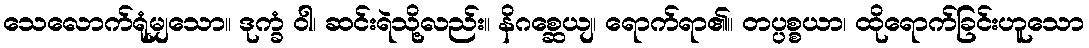
သေလောက်ရုံမျှသော။ ဒုက္ခံ ဝါ၊ ဆင်းရဲသို့လည်း။ နိဂစ္ဆေယျ၊ ရောက်ရာ၏။ တပ္ပစ္စယာ၊ ထိုရောက်ခြင်းဟူသော